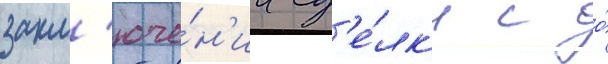
закл'юче́н'ии сд'е́лк'и с о́